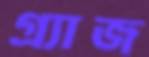
গ্র্যাজ